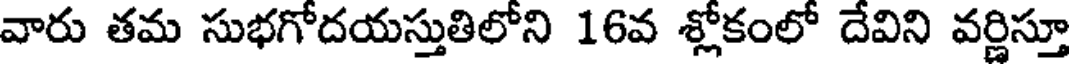
వారు తమ సుభగోదయస్తుతిలోని 16వ శ్లోకంలో దేవిని వర్ణిస్తూ